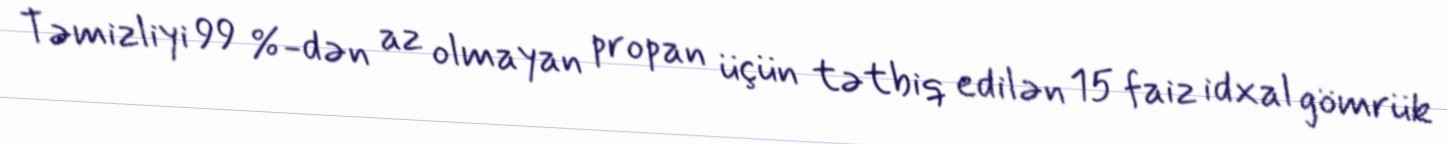
Təmizliyi 99 %-dən az olmayan propan üçün tətbiq edilən 15 faiz idxal gömrük